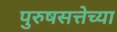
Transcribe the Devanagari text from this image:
पुरुषसत्तेच्या